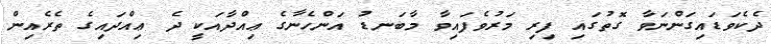
ދެކެވަޑައިގަންނަވާ ގޮތުގައި ފިރި މަރުވެފައިވާ މާބަނޑު އަންހެނާގެ ޢިއްދާއަކީ ދެ ޢިއްދައިގެ ތެރެއިން